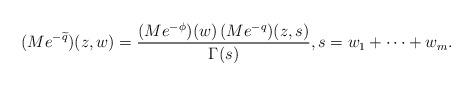
LaTeX: \begin{align*} (Me^{-\widetilde q})(z,w) = \frac{(Me^{-\phi})(w) \, (Me^{-q})(z,s)}{\Gamma(s)}, s = w_1+\cdots+w_m.\end{align*}